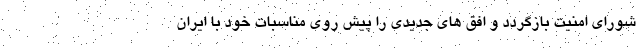
شورای امنیت بازگردد و افق های جدیدی را پیش روی مناسبات خود با ایران